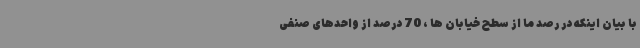
با بیان اینکه در رصد ما از سطح خیابان ها ، 70 درصد از واحدهای صنفی